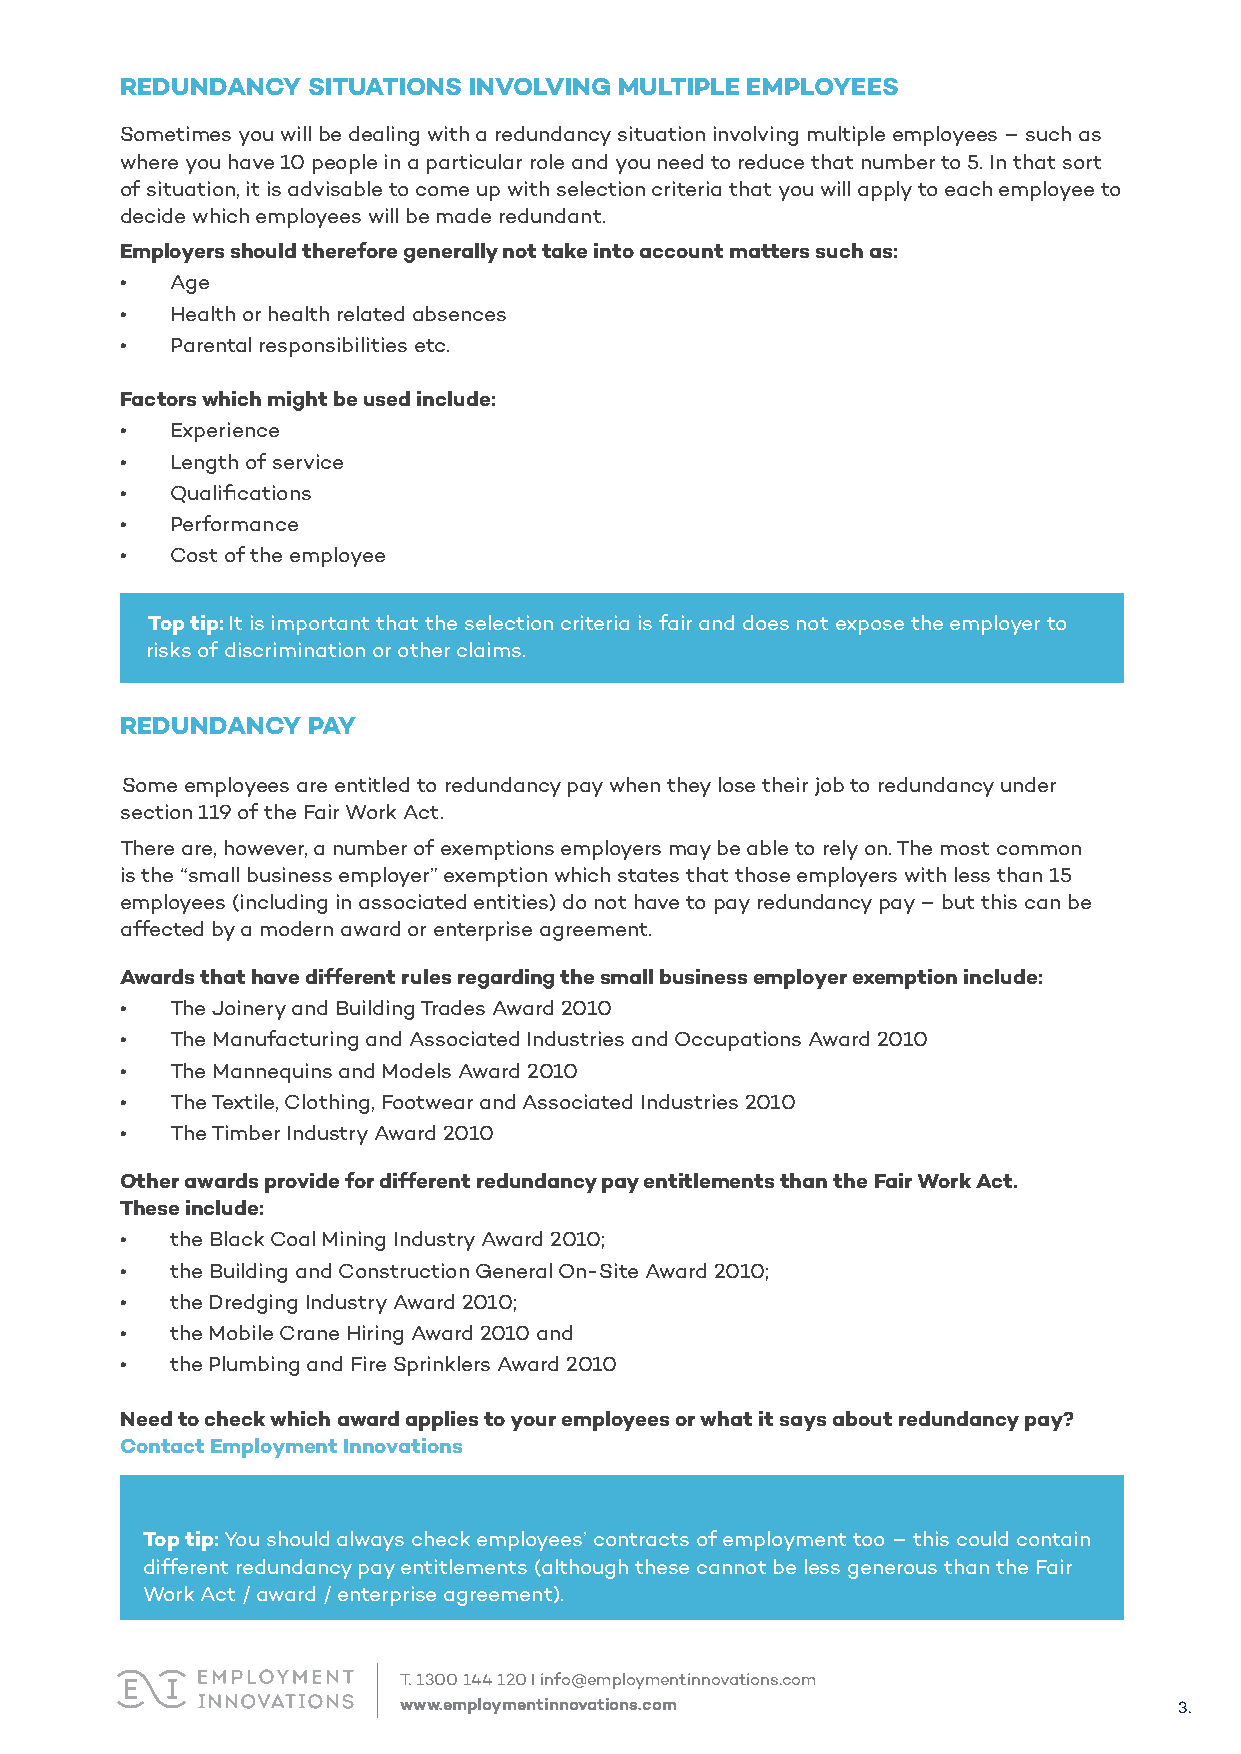
REDUNDANCY  SITUATIONS INVOLVING MULTIPLE EMPLOYEES
 Sometimes you will be dealing with a redundancy situation involving multiple employees – such as
 where you have 10 people in a particular role and you need to reduce that number to 5. In that sort
 of situation, it is advisable to come up with selection criteria that you will apply to each employee to
 decide which employees will be made redundant.
 Employers should therefore generally not take into account matters such as:
 •  Age
 •  Health or health related absences
 •  Parental responsibilities etc.
 Factors which might be used include:
 •  Experience
 •  Length of service
 •  Qualifications
 •  Performance
 •  Cost of the employee
 Top tip: It is important that the selection criteria is fair and does not expose the employer to
 risks of discrimination or other claims.
 REDUNDANCY  PAY
 Some employees are entitled to redundancy pay when they lose their job to redundancy under
 section 119 of the Fair Work Act.
 There are, however, a number of exemptions employers may be able to rely on. The most common
 is the “small business employer” exemption which states that those employers with less than 15
 employees (including in associated entities) do not have to pay redundancy pay – but this can be
 affected by a modern award or enterprise agreement.
 Awards that have different rules regarding the small business employer exemption include:
 •  The Joinery and Building Trades Award 2010
 •  The Manufacturing and Associated Industries and Occupations Award 2010
 •  The Mannequins and Models Award 2010
 •  The Textile, Clothing, Footwear and Associated Industries 2010
 •  The Timber Industry Award 2010
 Other awards provide for different redundancy pay entitlements than the Fair Work Act.
 These include:
 •  the Black Coal Mining Industry Award 2010;
 •  the Building and Construction General On-Site Award 2010;
 •  the Dredging Industry Award 2010;
 •  the Mobile Crane Hiring Award 2010 and
 •  the Plumbing and Fire Sprinklers Award 2010
 Need to check which award applies to your employees or what it says about redundancy pay?
 Contact Employment Innovations
 Top tip: You should always check employees’ contracts of employment too – this could contain
 different redundancy pay entitlements (although these cannot be less generous than the Fair
 Work Act / award / enterprise agreement).
 T.1300 144 120 I info@employmentinnovations.com
 www.employmentinnovations.com                       3.